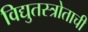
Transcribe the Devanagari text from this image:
विद्युतस्त्रोताची